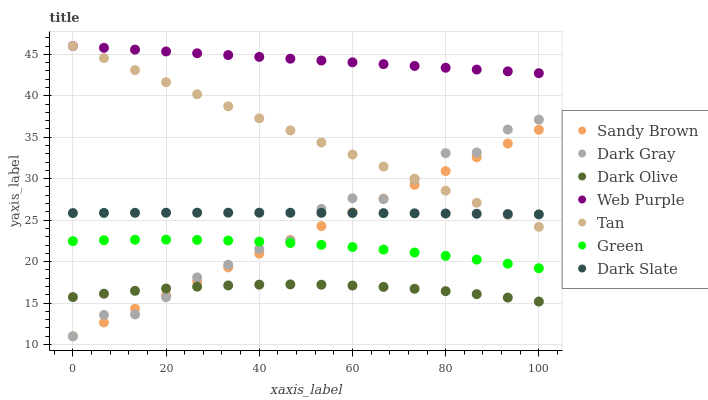
| xaxis_label | Sandy Brown | Dark Gray | Dark Olive | Web Purple | Tan | Green | Dark Slate |
 | --- | --- | --- | --- | --- | --- | --- | --- |
 | 0 | 11 | 11 | 15.7 | 46 | 46 | 22.5 | 25.9 |
 | 6.67 | 12.7 | 13.6 | 16.1 | 45.8 | 44.5 | 22.6 | 25.9 |
 | 13.3 | 14.3 | 13.6 | 16.5 | 45.6 | 43.1 | 22.6 | 25.9 |
 | 20 | 16 | 15.7 | 16.8 | 45.3 | 41.6 | 22.7 | 25.9 |
 | 26.7 | 17.6 | 18.1 | 17 | 45.1 | 40.2 | 22.6 | 25.9 |
 | 33.3 | 19.3 | 19.6 | 17.1 | 44.9 | 38.7 | 22.5 | 25.9 |
 | 40 | 21 | 21.5 | 17.2 | 44.7 | 37.3 | 22.4 | 25.9 |
 | 46.7 | 22.6 | 22.5 | 17.3 | 44.5 | 35.8 | 22.2 | 25.9 |
 | 53.3 | 24.3 | 26.4 | 17.2 | 44.3 | 34.4 | 22 | 25.9 |
 | 60 | 25.9 | 27.6 | 17.1 | 44 | 32.9 | 21.8 | 25.9 |
 | 66.7 | 27.6 | 27.5 | 17 | 43.8 | 31.5 | 21.5 | 25.8 |
 | 73.3 | 29.3 | 29.9 | 16.7 | 43.6 | 30 | 21.1 | 25.8 |
 | 80 | 30.9 | 33.1 | 16.4 | 43.4 | 28.6 | 20.7 | 25.8 |
 | 86.7 | 32.6 | 33.2 | 16.1 | 43.2 | 27.1 | 20.2 | 25.8 |
 | 93.3 | 34.2 | 35.9 | 15.7 | 42.9 | 25.6 | 19.7 | 25.7 |
 | 100 | 35.9 | 37.1 | 15.2 | 42.7 | 24.2 | 19.2 | 25.7 |